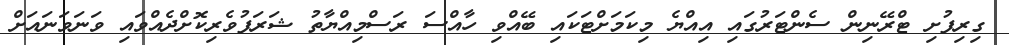
ގިރިފުށި ޓްރޭނިން ސެންޓަރުގައި އިއްޔެ މިކަމަށްޓަކައި ބޭއްވި ހާއްސަ ރަސްމިއްޔާތު ޝަރަފުވެރިކޮށްދެއްވައި ވަނަވަނައަށް